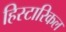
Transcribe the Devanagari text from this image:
हिस्टारिकल